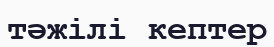
тәжілі кептер